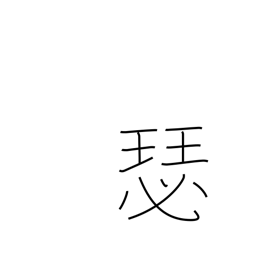
Meaning: large koto